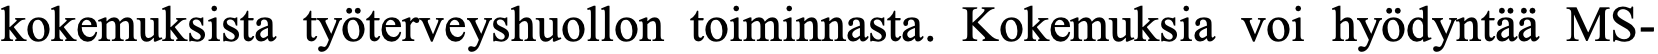
kokemuksista työterveyshuollon toiminnasta. Kokemuksia voi hyödyntää MS-